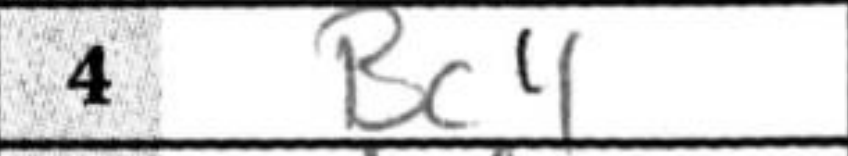
Transcription: Bc4